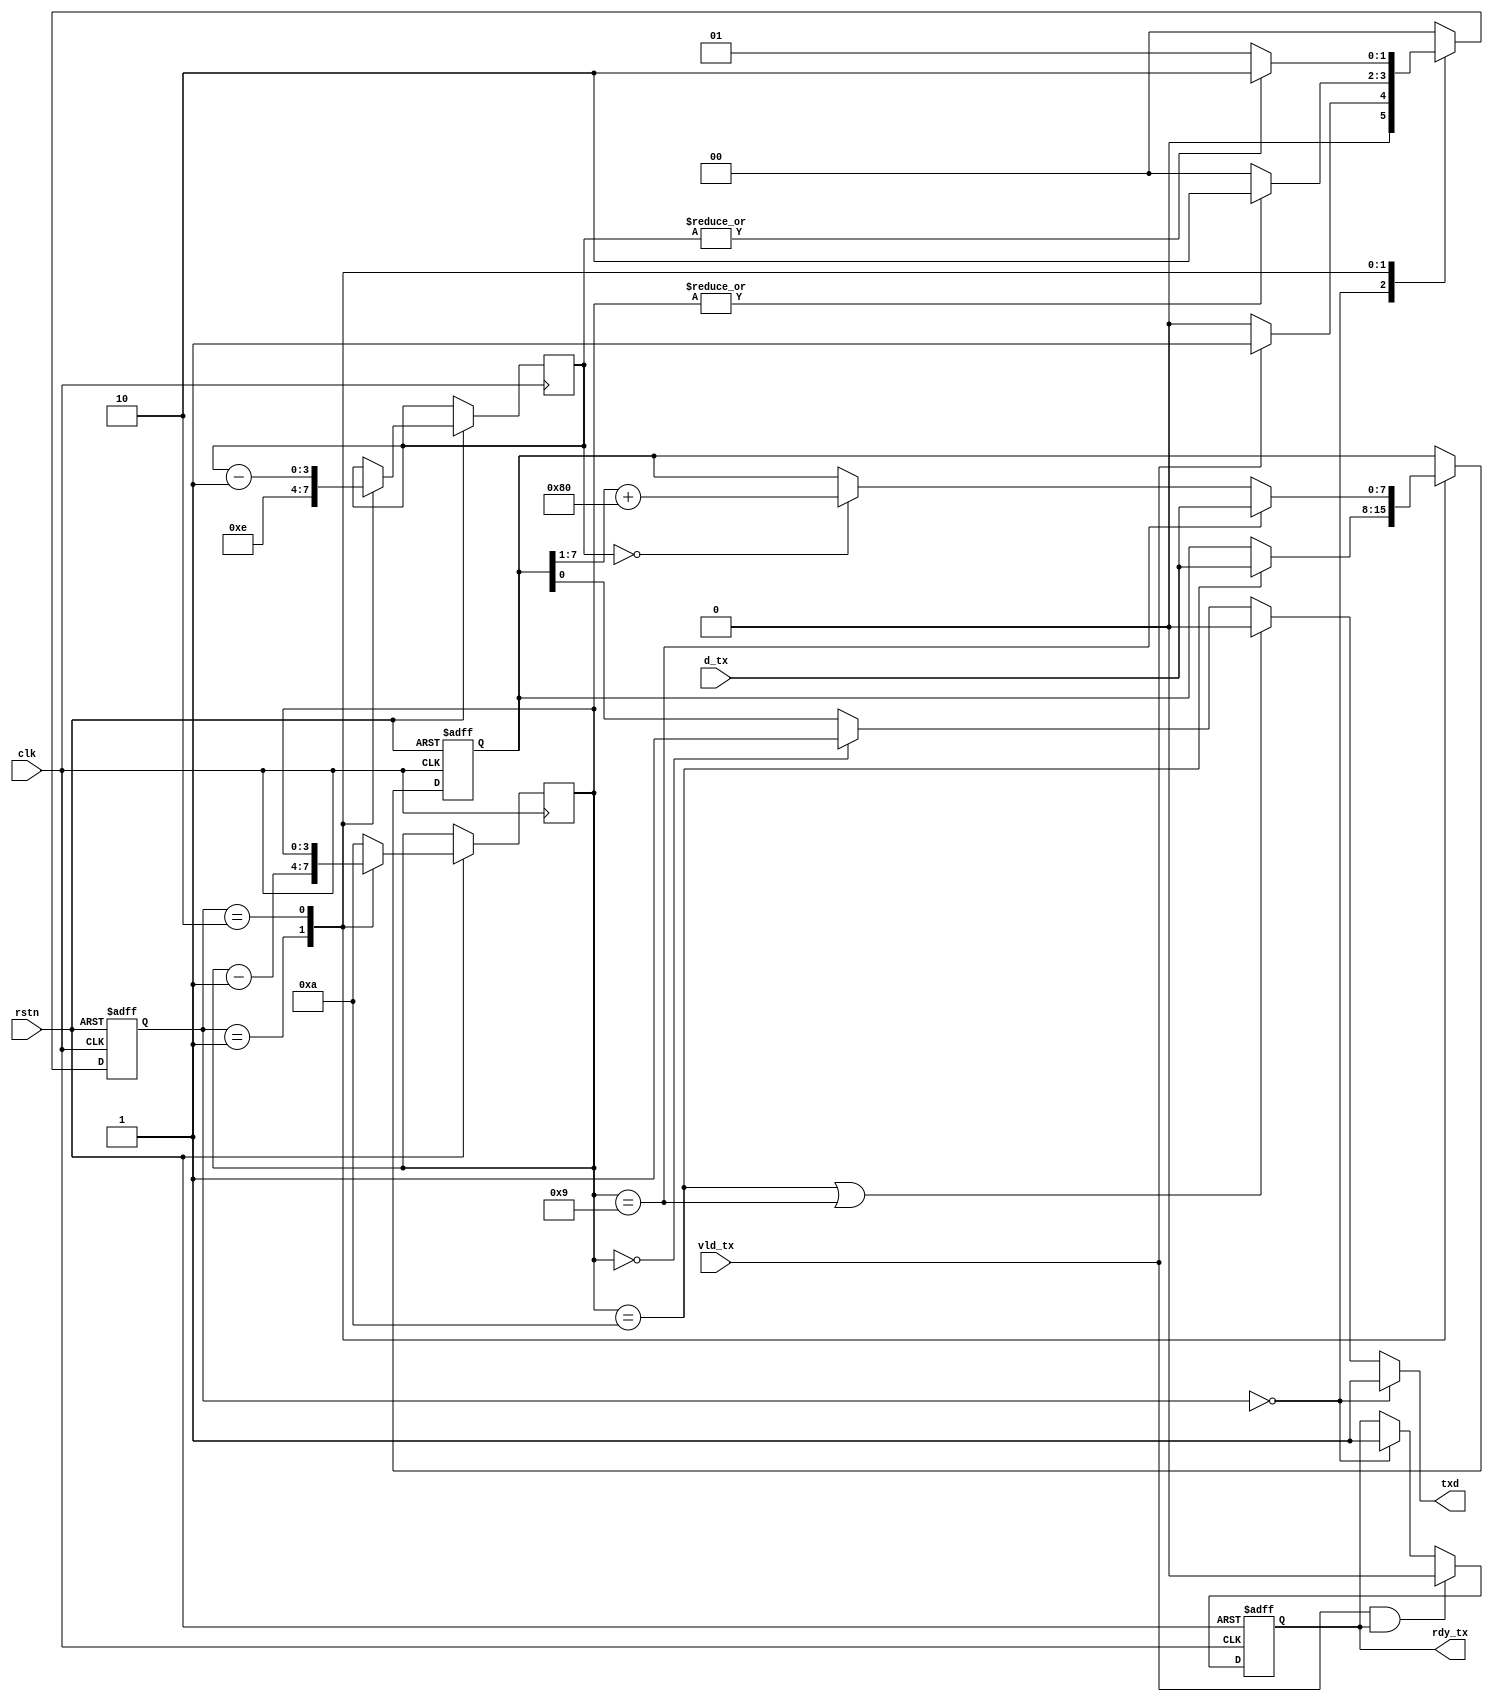
`timescale 1ns/1ps
module TX(
    input       rstn,
    input       clk,
    input       vld_tx,
    input [7:0] d_tx,
    output      reg rdy_tx,
    output      txd
);
parameter   WAIT    =   2'H0,
            CNT1    =   2'H1,
            CNT2    =   2'H2;
reg [1:0]   cs,ns;
reg [3:0]   cnt1;
reg [3:0]   cnt2;
reg [7:0]   store=8'hff;

assign  txd=(cs==WAIT)?1:(cnt1==4'ha||cnt1==4'h9)?0:(cnt1==0)?1:store[0];
            // 

always @(posedge clk,negedge rstn) begin
    if(!rstn)   begin
        cs<=WAIT;
        rdy_tx=1;
    end
    else    begin
        cs<=ns;
        // 
        if(vld_tx&rdy_tx)
            rdy_tx<=0;
        else if(cs==WAIT)
            rdy_tx<=1;
        else
            rdy_tx<=rdy_tx;
        case(cs)
            WAIT:   begin
                cnt1<=10;
            end
            CNT1:   begin
                cnt2<=14;
                cnt1<=cnt1-1;
            end
            CNT2:
                cnt2<=cnt2-1;
            default:
                cnt1<=10;
        endcase
    end
end

// logic
always @(*) begin
    case(cs)
        WAIT:
        if(vld_tx)
            ns=CNT1;
        else
            ns=WAIT;
        CNT1:
        if(~|cnt1)
            ns=WAIT;
        else
            ns=CNT2;
        CNT2:
        if(~|cnt2)
            ns=CNT1;
        else
            ns=CNT2;
        default:
            ns=WAIT;
    endcase
end

// output
always @(posedge clk,negedge rstn) begin
    if(!rstn)
        store<=8'hff;
    else
        case(cs)
            CNT1:   begin
                if(cnt1==4'ha)  begin
                    store<=d_tx;
                end
            end
            CNT2:   begin
                if(cnt1==9)
                    store<=d_tx;
                else if(cnt2==4'h0) begin
                    store<=(store>>1)+8'h80;
                end
                else
                    store<=store;
            end
            default:
                store<=store;
        endcase
end
endmodule